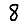
Digit: 8